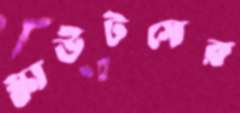
স্কাউটসের